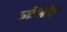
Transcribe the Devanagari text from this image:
जॉनीचे